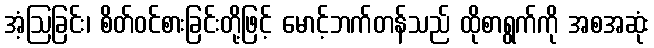
အံ့ဩခြင်း၊ စိတ်ဝင်စားခြင်းတို့ဖြင့် မောင့်ဘက်တန်သည် ထိုစာရွက်ကို အစအဆုံး